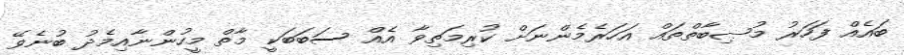
ބައެއް ފަހަރު މުޞިބާތްތައް އަހަރެމެންނަށް ކުރިމަތިވާ އެއް ސަބަބަކީ މާތް މީހުންނާއިމެދު ބުނެވޭ